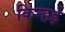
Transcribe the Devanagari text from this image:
किन्हई